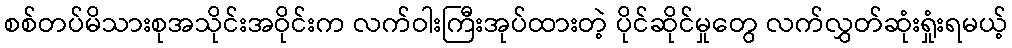
စစ်တပ်မိသားစုအသိုင်းအဝိုင်းက လက်ဝါးကြီးအုပ်ထားတဲ့ ပိုင်ဆိုင်မှုတွေ လက်လွှတ်ဆုံးရှုံးရမယ့်